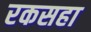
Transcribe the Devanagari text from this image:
रकसहा